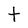
Character: t